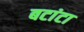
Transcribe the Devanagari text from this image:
बटांटा